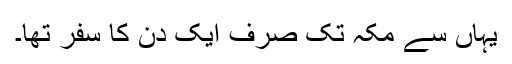
یہاں سے مکہ تک صرف ایک دن کا سفر تھا۔